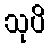
သုပိ